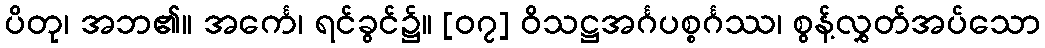
ပိတု၊ အဘ၏။ အင်္ကေ၊ ရင်ခွင်၌။ [၀၇] ဝိသဋ္ဌအင်္ဂပစ္စင်္ဂဿ၊ စွန့်လွှတ်အပ်သော